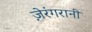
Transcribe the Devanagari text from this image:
ज़ेरंगरानी